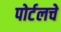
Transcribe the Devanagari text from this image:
पोर्टलचे